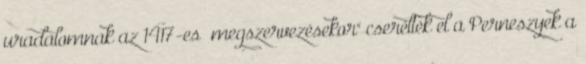
uradalomnak az 1417-es „megszervezésekor" cserélték el a Perneszyek a